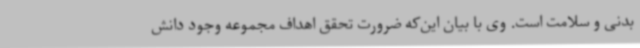
بدنی و سلامت است. وی با بیان این‌که ضرورت تحقق اهداف مجموعه وجود دانش